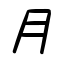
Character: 月